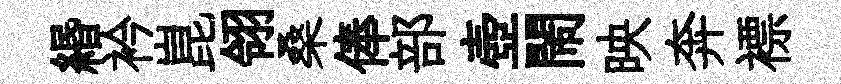
緡衿崑翎桑俸部壺閙映奔褾